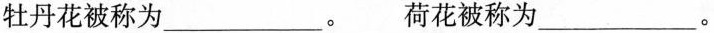
牡丹花被称为___。 荷花被称为___。